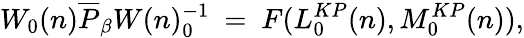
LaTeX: W_{0}(n)\overline{{{P}}}_{\beta}W(n)_{0}^{-1}~=~F(L_{0}^{KP}(n),M_{0}^{KP}(n)),